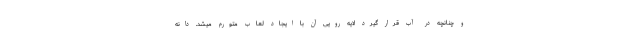
و چنانچه در آب قرار گیرد لایه رویی آن با ایجاد لعاب متورم میشد. دانه